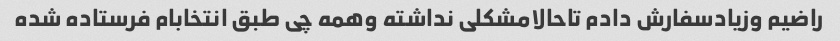
راضیم وزیادسفارش دادم تاحالامشکلی نداشته وهمه چی طبق انتخابام فرستاده شده